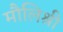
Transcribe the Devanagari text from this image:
मौलिश्री